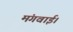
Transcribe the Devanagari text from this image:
मंगवाई।